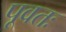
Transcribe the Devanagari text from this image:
पूवतः